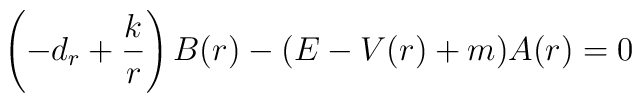
\left( -d_r+\frac kr\right) B(r)-(E-V(r)+m)A(r)=0